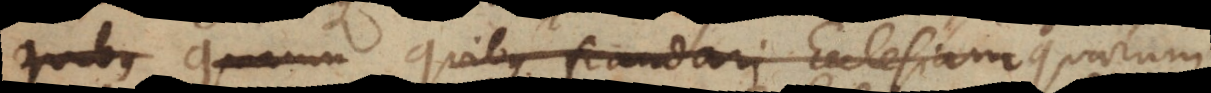
Quibus Quarum Quibus fraudari Ecclesiam Quarum